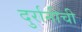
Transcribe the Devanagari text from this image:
दुर्रानीची